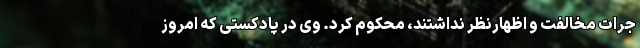
جرات مخالفت و اظهارنظر نداشتند، محکوم کرد. وی در پادکستی که امروز